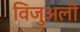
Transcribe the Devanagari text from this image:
विजुअली